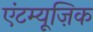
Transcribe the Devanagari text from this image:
एंटम्यूज़िक